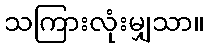
သကြားလုံးမျှသာ။